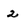
Character: 2